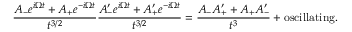
\frac { A _ { - } e ^ { i \Omega t } + A _ { + } e ^ { - i \Omega t } } { t ^ { 3 / 2 } } \frac { A _ { - } ^ { \prime } e ^ { i \Omega t } + A _ { + } ^ { \prime } e ^ { - i \Omega t } } { t ^ { 3 / 2 } } = \frac { A _ { - } A _ { + } ^ { \prime } + A _ { + } A _ { - } ^ { \prime } } { t ^ { 3 } } + \mathrm { o s c i l l a t i n g } .